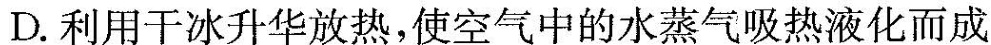
D.利用干冰升华放热，使空气中的水蒸气吸热液化而成